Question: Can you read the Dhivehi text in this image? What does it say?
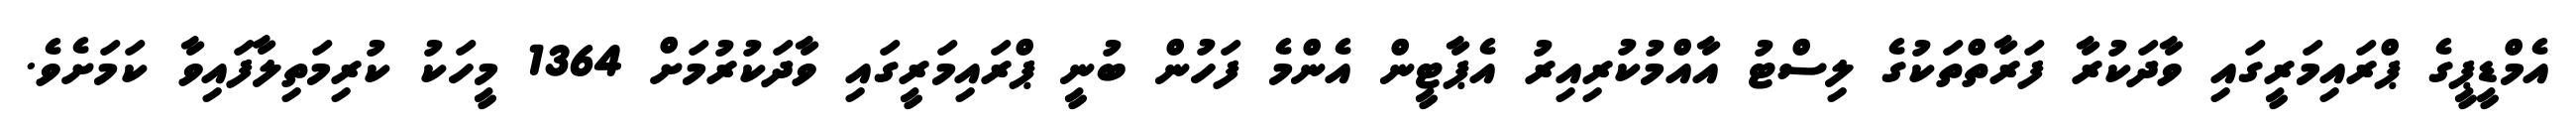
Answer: އެމްޑީޕީގެ ޕްރައިމަރީގައި ވާދަކުރާ ފަރާތްތަކުގެ ލިސްޓު އާއްމުކުރިއިރު އެޕާޓީން އެންމެ ފަހުން ބުނީ ޕްރައިމަރީގައި ވާދަކުރުމަށް 1364 މީހަކު ކުރިމަތިލާފައިވާ ކަމަށެވެ.